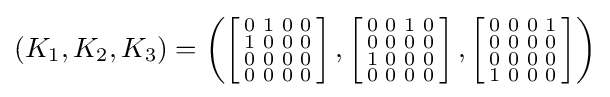
(K_{1},K_{2},K_{3})=\left(\left[{\begin{smallmatrix}0&1&0&0\\1&0&0&0\\0&0&0&0\\0&0&0&0\end{smallmatrix}}\right],\left[{\begin{smallmatrix}0&0&1&0\\0&0&0&0\\1&0&0&0\\0&0&0&0\end{smallmatrix}}\right],\left[{\begin{smallmatrix}0&0&0&1\\0&0&0&0\\0&0&0&0\\1&0&0&0\end{smallmatrix}}\right]\right)